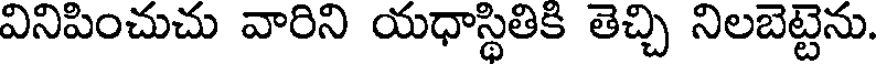
వినిపించుచు వారిని యధాస్థితికి తెచ్చి నిలబెట్టెను.